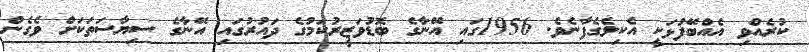
ކުރެއްވި އެއްބޭފުޅަކީ އެކިލެގެފާނެވެ. 1956ގައި އޭނާގެ ބޮޑުވަޒީރުކަމުގެ ދައުރުގައި އޭނާގެ ސިޔާސަތަކަށް ވެގެން